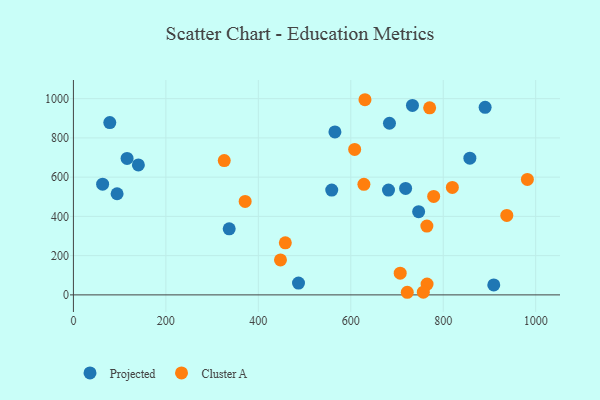
{"axis": {"x": "Distance", "y": "Yield"}, "legend": ["Cluster A", "Projected"], "data": [{"x": "565.7", "y": 830.7, "type": "Projected"}, {"x": "890.6", "y": 956.1, "type": "Projected"}, {"x": "337.0", "y": 336.9, "type": "Projected"}, {"x": "63.2", "y": 564.1, "type": "Projected"}, {"x": "683.7", "y": 874.8, "type": "Projected"}, {"x": "558.8", "y": 534.4, "type": "Projected"}, {"x": "746.8", "y": 424.1, "type": "Projected"}, {"x": "140.5", "y": 662.3, "type": "Projected"}, {"x": "718.6", "y": 542.7, "type": "Projected"}, {"x": "733.4", "y": 965.6, "type": "Projected"}, {"x": "78.7", "y": 878.0, "type": "Projected"}, {"x": "857.6", "y": 696.6, "type": "Projected"}, {"x": "909.3", "y": 50.8, "type": "Projected"}, {"x": "116.1", "y": 695.5, "type": "Projected"}, {"x": "94.5", "y": 515.5, "type": "Projected"}, {"x": "486.9", "y": 60.0, "type": "Projected"}, {"x": "681.6", "y": 534.0, "type": "Projected"}, {"x": "630.7", "y": 994.6, "type": "Cluster A"}, {"x": "764.6", "y": 350.9, "type": "Cluster A"}, {"x": "371.5", "y": 476.5, "type": "Cluster A"}, {"x": "765.0", "y": 55.2, "type": "Cluster A"}, {"x": "628.4", "y": 563.5, "type": "Cluster A"}, {"x": "937.5", "y": 405.1, "type": "Cluster A"}, {"x": "326.3", "y": 684.5, "type": "Cluster A"}, {"x": "779.3", "y": 502.0, "type": "Cluster A"}, {"x": "722.2", "y": 13.3, "type": "Cluster A"}, {"x": "756.9", "y": 13.9, "type": "Cluster A"}, {"x": "458.4", "y": 265.2, "type": "Cluster A"}, {"x": "608.4", "y": 741.1, "type": "Cluster A"}, {"x": "819.7", "y": 547.9, "type": "Cluster A"}, {"x": "982.0", "y": 588.6, "type": "Cluster A"}, {"x": "447.9", "y": 178.4, "type": "Cluster A"}, {"x": "706.9", "y": 110.6, "type": "Cluster A"}, {"x": "770.6", "y": 953.5, "type": "Cluster A"}]}